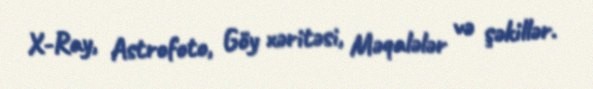
X-Ray, Astrofoto, Göy xəritəsi, Məqalələr və şəkillər.